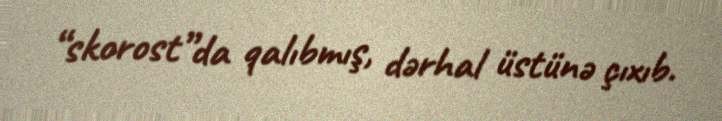
“skorost”da qalıbmış, dərhal üstünə çıxıb.